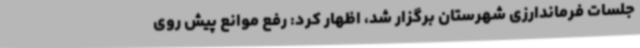
جلسات فرماندارزی شهرستان برگزار شد، اظهار کرد: رفع موانع پیش روی